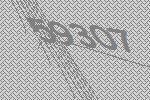
59307